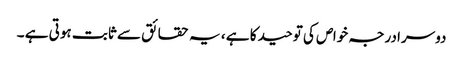
دوسرا درجہ خواص کی توحید کا ہے ، یہ حقائق سے ثابت ہوتی ہے ۔